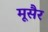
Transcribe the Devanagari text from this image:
मूसैर